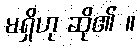
မရှိဟု ဆို၏ ။